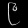
Digit: ၉